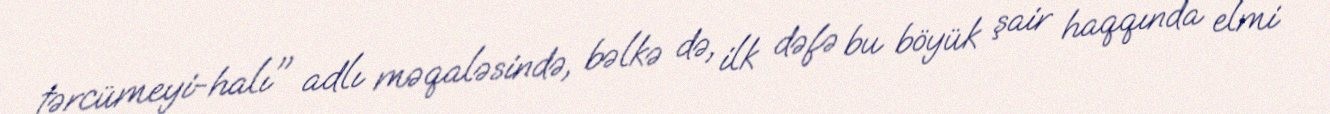
tərcümeyi-halı" adlı məqaləsində, bəlkə də, ilk dəfə bu böyük şair haqqında elmi